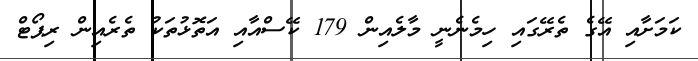
ކަމަށާއި އޭގެ ތެރޭގައި ހިމެނެނީ މާލެއިން 179 ކޭސްއާއި އަތޮޅުތަކު ތެރެއިން ރިޕޯޓް